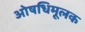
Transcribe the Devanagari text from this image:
ओषधिमूलक